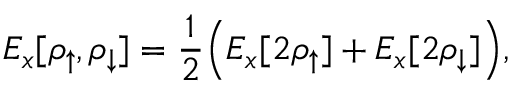
E _ { x } [ \rho _ { \uparrow } , \rho _ { \downarrow } ] = \frac { 1 } { 2 } \Big ( E _ { x } [ 2 \rho _ { \uparrow } ] + E _ { x } [ 2 \rho _ { \downarrow } ] \Big ) ,